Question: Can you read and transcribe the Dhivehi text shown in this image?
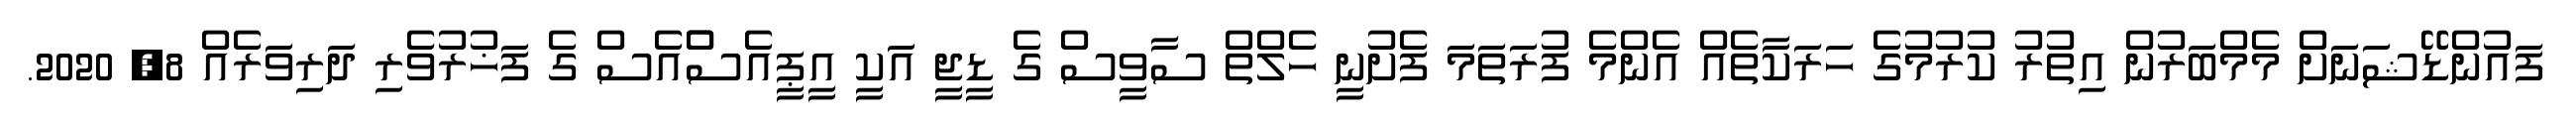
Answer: ފައުންޑޭޝަނަށް މެމްބަރުން އިތުރު ކުރުމުގެ ހަރަކާތެއް އެންމެ ފުރަތަމަ ފެށުނީ ހެލްތް ސާވީސް ގެ ޑީޖީ އަކީ އީޕީއެސްްއެސް ގެ ފަޚުރުވެރި ދަރިވަރެއް 8, 2020.